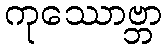
ကုဿောဗ္ဘာ